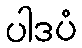
ပါဒပံ